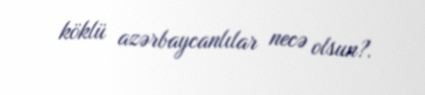
köklü azərbaycanlılar necə olsun?.